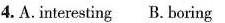
4.A.Interesting B. Boring